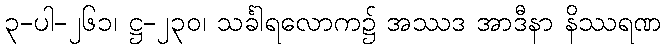
၃-ပါ-၂၆၁၊ ဋ္ဌ-၂၃၀၊ သင်္ခါရလောက၌ အဿဒ အာဒီနာ နိဿရဏ